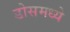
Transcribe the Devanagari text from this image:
डोसमध्ये